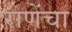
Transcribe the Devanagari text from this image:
राणेंचा